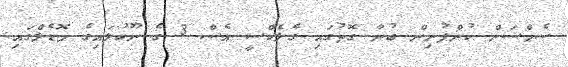
ސެމްސަން ކުންފުނިން ބުނާ ގޮތުގައި ގެލެކްސީ އެސް 3 ގެ ނޫކުލައިގެ މޮޑެލްގައި